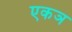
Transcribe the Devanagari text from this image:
एकञ